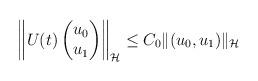
LaTeX: \begin{align*} \left\| U(t) \begin{pmatrix} u_0\\ u_1 \end{pmatrix} \right\|_{\mathcal{H}} &\le C_0 \| (u_0, u_1) \|_{\mathcal{H}}\end{align*}